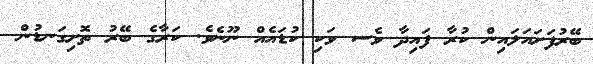
ބޭރުފަށައަލައިން ކުރާ ފައިދާ ވެސ ވަކި ކުޑައެއް ނޫނެވެ. ކަރާގެ ބޭރު ތޮށިގަނޑުން